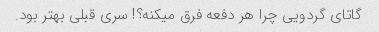
گاتاى گردویى چرا هر دفعه فرق میکنه؟! سرى قبلى بهتر بود.